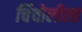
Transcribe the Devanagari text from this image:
चिंचोलीला